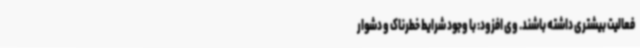
فعالیت بیشتری داشته باشند. وی افزود: با وجود شرایط خطرناک و دشوار